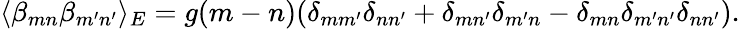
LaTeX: \langle\beta_{mn}\beta_{m^{\prime}n^{\prime}}\rangle_{E}=g(m-n)(\delta_{mm^{\prime}}\delta_{nn^{\prime}}+\delta_{mn^{\prime}}\delta_{m^{\prime}n}-\delta_{mn}\delta_{m^{\prime}n^{\prime}}\delta_{nn^{\prime}}).